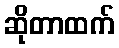
ဆိုတာထက်